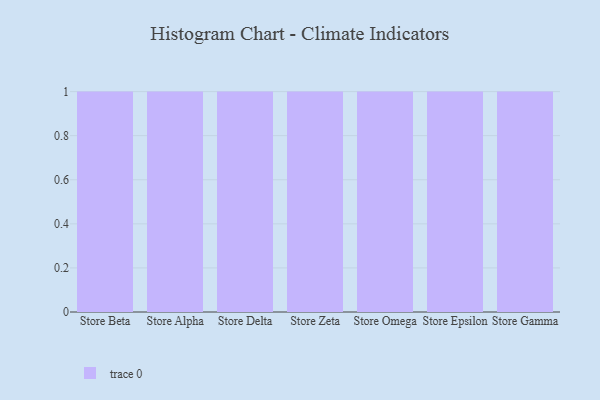
{"axis": {"x": "Store", "y": "LTV (USD)"}, "legend": [""], "data": [{"x": "Store Beta", "y": 24, "type": ""}, {"x": "Store Alpha", "y": 100, "type": ""}, {"x": "Store Delta", "y": 91, "type": ""}, {"x": "Store Zeta", "y": 39, "type": ""}, {"x": "Store Omega", "y": 94, "type": ""}, {"x": "Store Epsilon", "y": 8, "type": ""}, {"x": "Store Gamma", "y": 100, "type": ""}]}